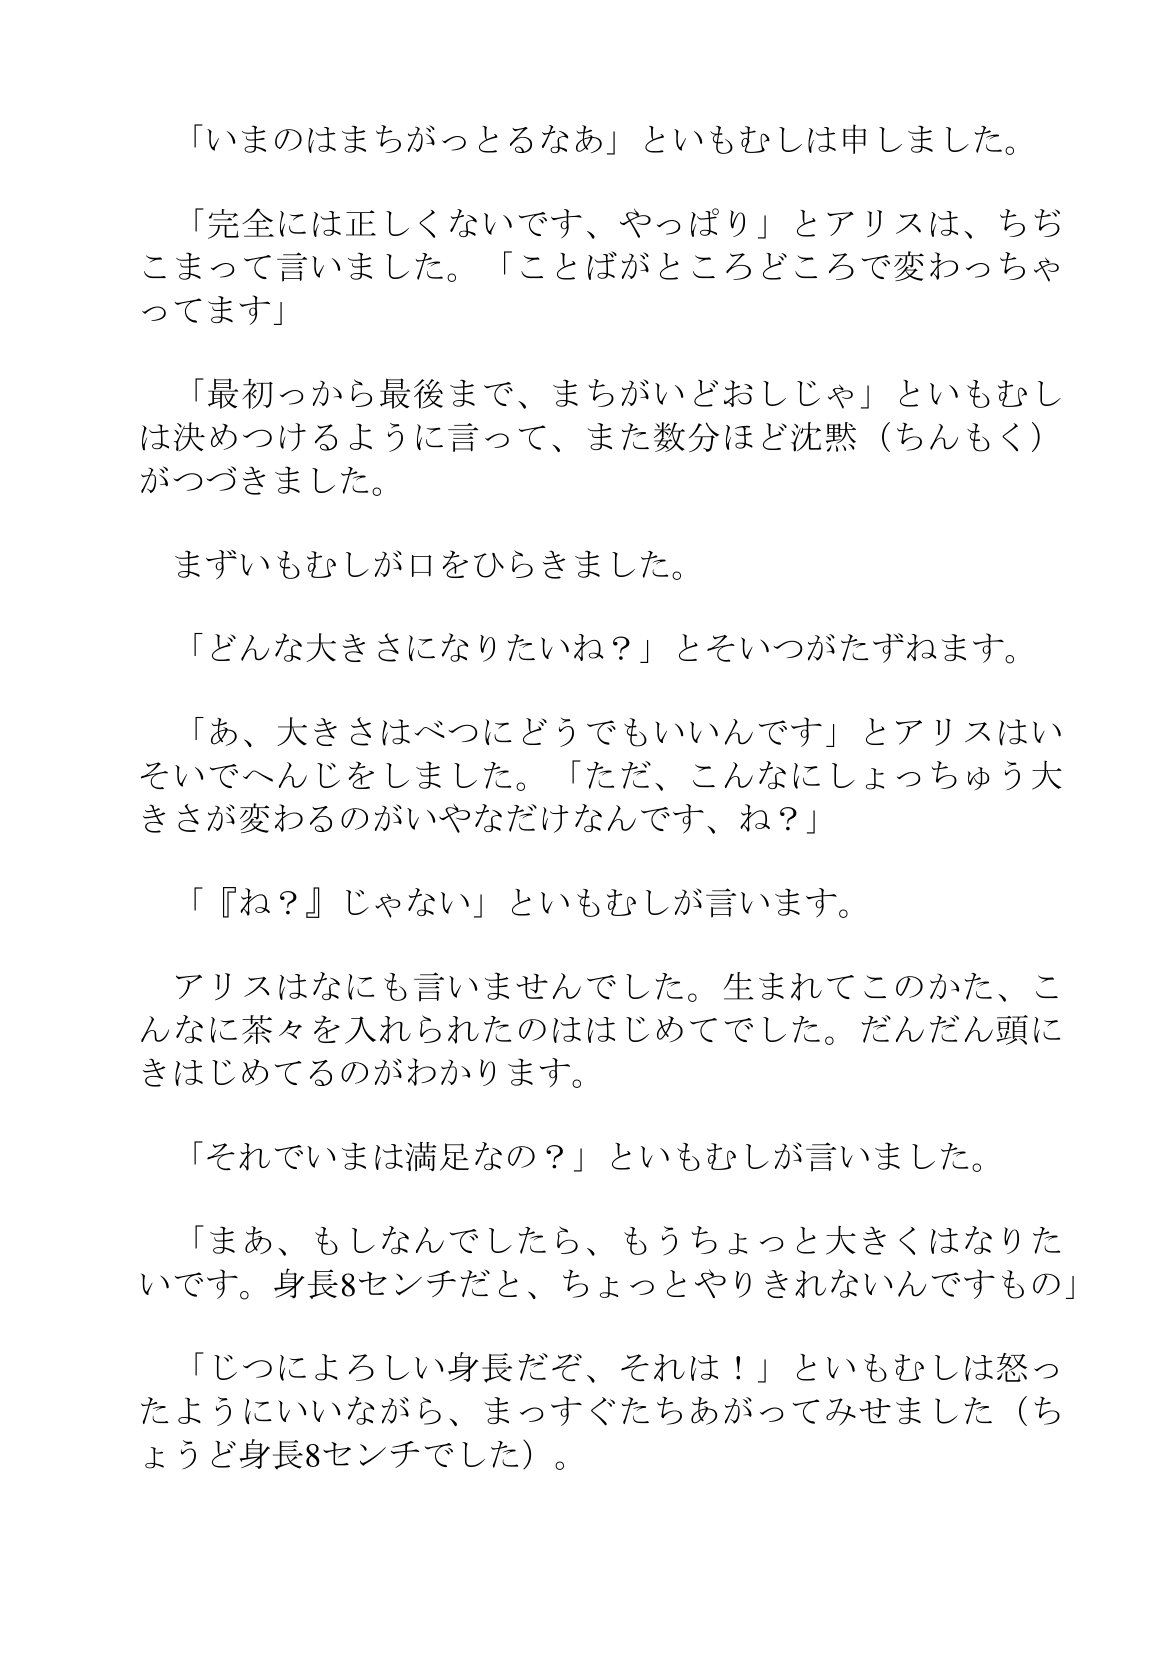
Language: ja